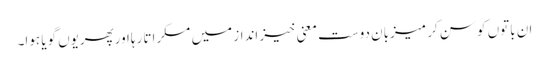
ان باتوں کو سن کر میزبان دوست معنی خیز انداز میں مسکراتا رہااورپھریوں گویا ہوا۔